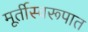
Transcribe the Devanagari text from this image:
मूर्तीस्वरूपात